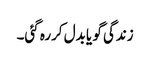
زندگی گو یا بدل کررہ گئی۔